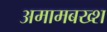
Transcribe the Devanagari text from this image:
अमामबख्श